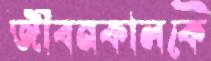
জীবনকালকে